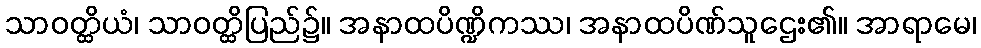
သာဝတ္ထိယံ၊ သာဝတ္ထိပြည်၌။ အနာထပိဏ္ဍိကဿ၊ အနာထပိဏ်သူဌေး၏။ အာရာမေ၊